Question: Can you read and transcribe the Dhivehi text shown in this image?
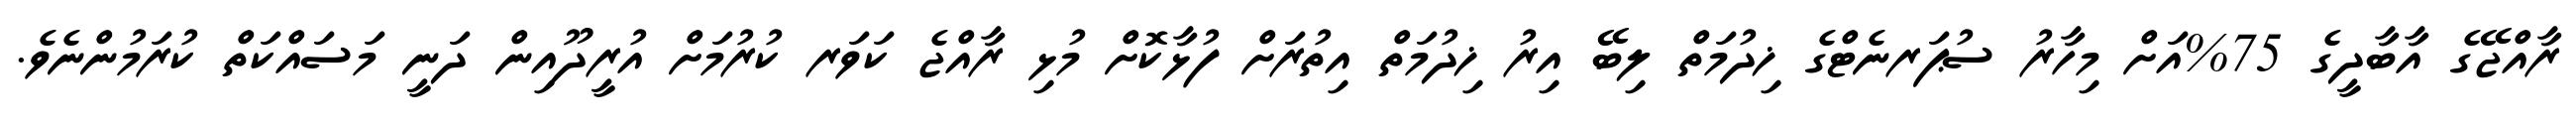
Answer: ރާއްޖޭގެ އާބާދީގެ 75%އަށް މިހާރު ސުޕަރނެޓްގެ ޚިދުމަތް ލިބޭ އިރު ޚިދުމަތް އިތުރަށް ފުޅާކޮށް މުޅި ރާއްޖެ ކަވަރ ކުރުމަށް އުރީދޫއިން ދަނީ މަސައްކަތް ކުރަމުންނެވެ.